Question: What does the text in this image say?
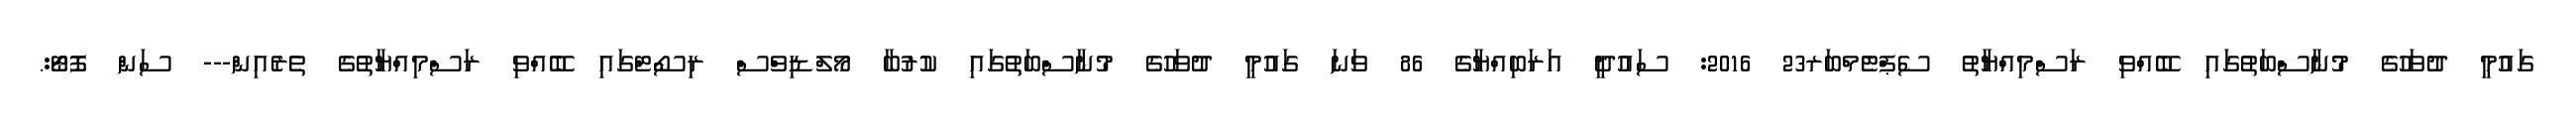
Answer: ގައުމީ ދުވަހުގެ މުނާސްބަތުގައި ބޭއްވި ރަސްމިއްޔާތު ސެޕްޓެމްބަރ23 2016: ސައުދީ އަރަބިއްޔާގެ 86 ވަނަ ގައުމީ ދުވަހުގެ މުނާސްބަތުގައި ކުރުބާ މޯލްޑިވްސް ރިސޯޓްގައި ބޭއްވި ރަސްމިއްޔާތުގެ ތެރެއިން--- ސަން ފޮޓޯ:.